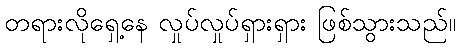
တရားလိုရှေ့နေ လှုပ်လှုပ်ရှားရှား ဖြစ်သွားသည်။